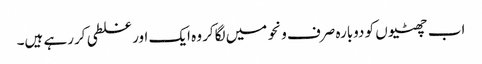
اب چھٹیوں کو دوبارہ صرف ونحو میں لگاکر وہ ایک اور غلطی کررہے ہیں۔